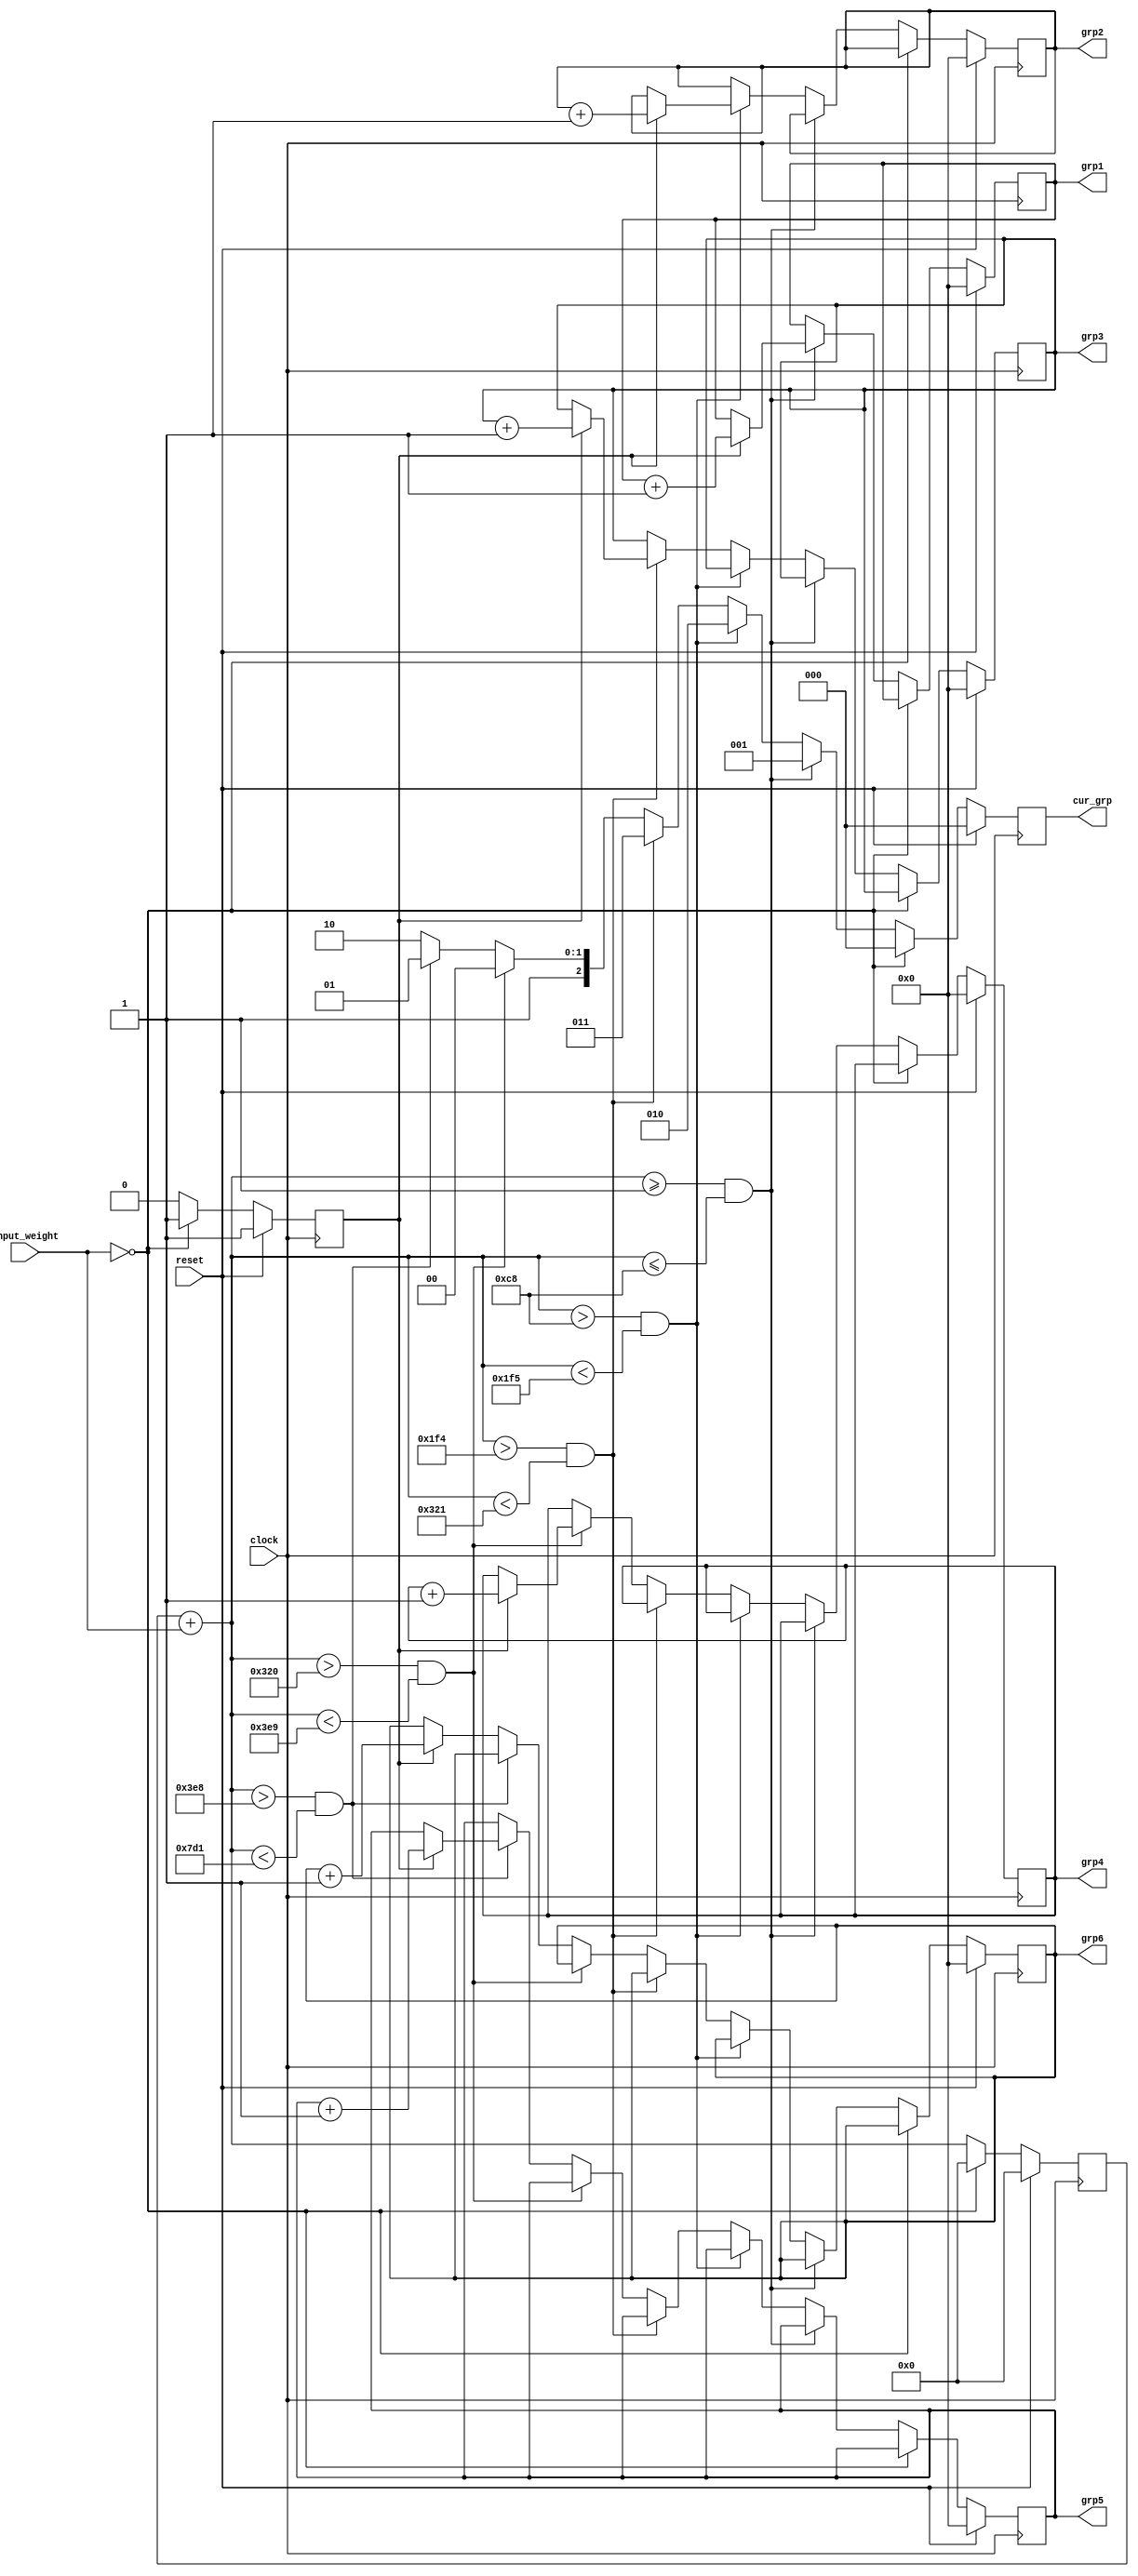
module sorter (
clock , // Clock input
reset , // active high, synchronous Reset input
input_weight , // input weight
grp1 , grp2, grp3, grp4, grp5 , grp6, // output 
cur_grp // for current group number
); // End of port list


//-------------Input Ports-----------------------------
input clock ;
input reset ;
input [11:0] input_weight ;


//-------------Output Ports----------------------------
output [7:0] grp1;
output [7:0] grp2;
output [7:0] grp3;
output [7:0] grp4;
output [7:0] grp5;
output [7:0] grp6;
output [2:0] cur_grp;

//-------------Input ports Data Type-------------------
wire clock ;
wire reset ;
wire [11:0] input_weight ;

//-------------Output Ports Data Type------------------
reg [7:0] grp1 ;
reg [7:0] grp2 ;
reg [7:0] grp3 ;
reg [7:0] grp4 ;
reg [7:0] grp5 ;
reg [7:0] grp6 ;
reg [2:0] cur_grp;

//-------------Variables Used--------------------------
reg flag ;    // if 1 -> update group count else add weight to previous weight and update current group number
reg i; // for iteration
reg [11:0] prev_weight; //to keep the previous weight saved

// At each edge of the clock :- outputa are updated

always @ (negedge clock)
begin : SORT // Block Name

  // At every edge of clock if reset is active, we set the counts, current group and flag to 0

  if (reset == 1'b1) begin
	  
        grp1=0;
	grp2=0;
	grp3=0;
	grp4=0;
	grp5=0;
	grp6=0;

	flag = 1;
        cur_grp = 0 ; 
	prev_weight = 0;
  end 
  // if input_weight is one then count is updated
  else if (input_weight == 0) begin
        flag = 1 ; 
        cur_grp = 0;
	prev_weight = 0;
  end 
  else begin
       	 //adding to the prev_weight
	 prev_weight = prev_weight + input_weight;

	 //updating cur_grp accordingly 
	 //updating counts if flag = 1
		  if (prev_weight >= 1 && prev_weight <= 200 ) begin 
			  cur_grp = 1;
			  if (flag == 1) begin
				  grp1 = grp1 + 1;
				  flag = 0;
			  end				 
		  end
		  else if (prev_weight > 200 && prev_weight < 501 ) begin 
			  cur_grp = 2;
			  if (flag == 1) begin
				  grp2 = grp2 + 1;
				  flag = 0;
			  end		
		  end
		  else if (prev_weight > 500 && prev_weight < 801 ) begin 
			  cur_grp = 3;
			  if (flag == 1) begin
				  grp3 = grp3 + 1;
				  flag = 0;
			  end		
		  end
		  else if (prev_weight > 800 && prev_weight < 1001 ) begin 
			  cur_grp = 4;
			  if (flag == 1) begin
				  grp4 = grp4 + 1;
				  flag = 0;
			  end		
		  end
		  else if (prev_weight > 1000 && prev_weight < 2001 ) begin 
			  cur_grp = 5;
			  if (flag == 1) begin
				  grp5 = grp5 + 1;
				  flag = 0;
			  end		
		  end
		  else begin
			  cur_grp = 6;
			  if (flag == 1) begin
				  grp6 = grp6 + 1;
				  flag = 0;
			  end		
		  end
	  
  end 
end // End of Block 

endmodule